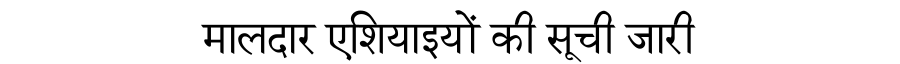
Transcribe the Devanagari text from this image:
मालदार एशियाइयों की सूची जारी